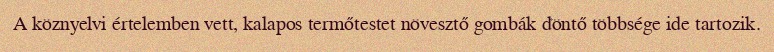
A köznyelvi értelemben vett, kalapos termőtestet növesztő gombák döntő többsége ide tartozik.